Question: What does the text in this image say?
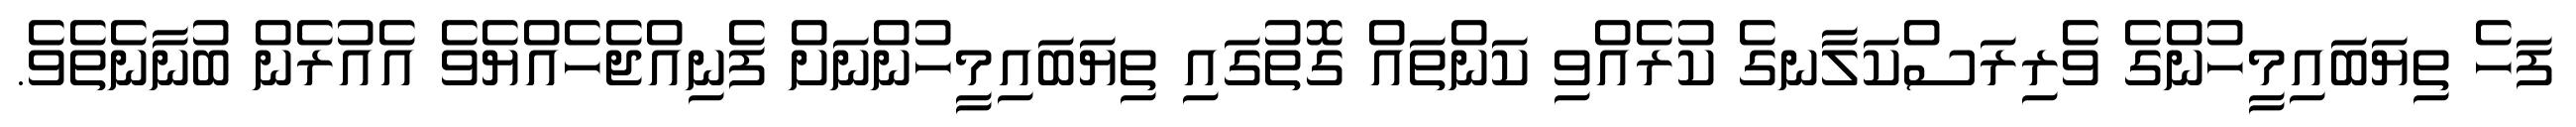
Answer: ފަހެ ތިޔަބައިމީހުންގެ ވެރިރަސްކަލާނގެ ކުރެއްވި ކަންތައް ގޮތުގައި ތިޔަބައިމީހުންނަށް ފެނިއްޖެހެއްޔެވެ އެއުރެން ބުނާނެތެވެ.